Annual report of the Bengal Veterinary College and of the Civil Veterinary Department, Bengal, for the year 1916-17 - 1916-1917
Year: 1916
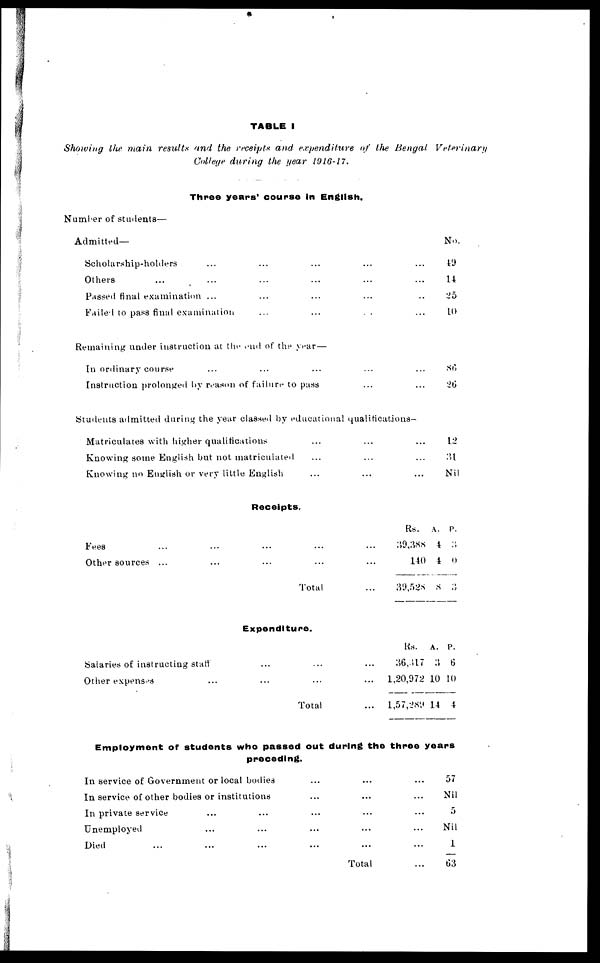
TABLE I
Showing the main results and the receipts and expenditure of the Bengal Veterinar
College during the gear 1916-17.
Three years' course in English.
Number of students—
Admitted—
Scholarship-holders ... ... ... ... ...
Others ... ... ... ... ... ... ...
Passed final examination ... ... ... ... ...
Failed to pass final examination
...
...
...
Remaining under instruction at the end of the year—
In ordinary course ... ... ... ... ...
Instruction prolonged by reason of failure to puss ... ...
Students admitted during the year classed by educational qualifications-
Matriculates with higher qualifications ... ... ...
Knowing some English but not matriculated ... ... ...
Knowing no English or very little English ... ... ...
No.
49
14
25
10
86
26
12
31
Nil
Receipts.
Fees ... ... ... ... ...
Other sources
... ... ... ... ...
Total...
Rs.
39,388
140
39,528
A.
4
4
8
P.
3
0
3
Expenditure.
Salaries of instructing staff
... ... ... ... ...
Other expenses
... ... ... ... ...
Total
...
Rs.
36,317
1,20,972 1
1,57,289 1
A.
3
0 1
4
P.
6
0
4
Employment of students who passed out during the three years
preceding.
In service of Government or local bodies
In service of other bodies or institutions
In private service ... ...
Unemployed ... ...
Died ... ... ...
...
...
...
...
...
...
...
...
...
...
Total
... 57
... Nil
... 5
... Nil
... 1
... 63